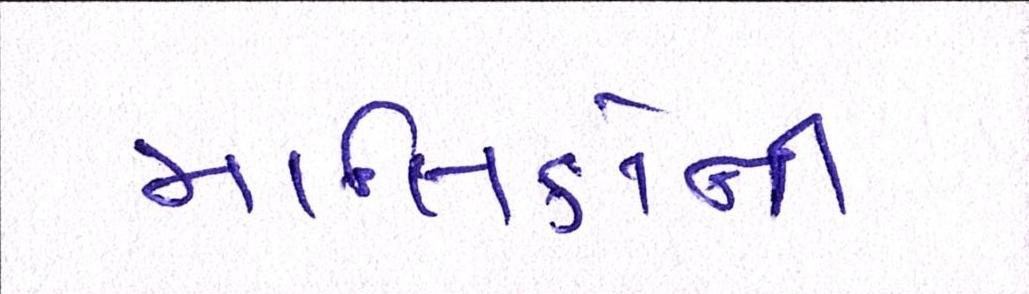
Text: માલિકોની